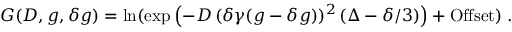
G ( D , g , \delta g ) = \ln ( \exp \left( - D \, ( \delta \gamma ( g - \delta g ) ) ^ { 2 } \, ( \Delta - \delta / 3 ) \right) + \mathrm { O f f s e t } ) \; .